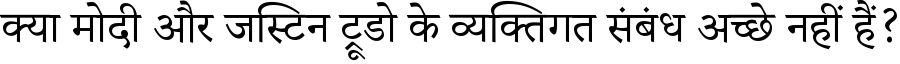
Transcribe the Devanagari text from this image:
क्या मोदी और जस्टिन ट्रूडो के व्यक्तिगत संबंध अच्छे नहीं हैं?